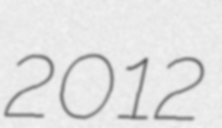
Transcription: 2012